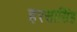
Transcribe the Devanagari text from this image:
हरसासिंह